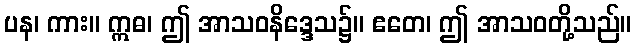
ပန၊ ကား။ ဣဓ၊ ဤ အာသဝနိဒ္ဒေသ၌။ ဧတေ၊ ဤ အာသဝတို့သည်။